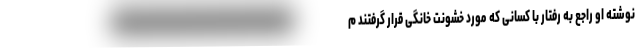
نوشته او راجع به رفتار با کسانی که مورد خشونت خانگی قرار گرفتند م